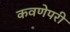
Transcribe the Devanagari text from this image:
कवणेपरी